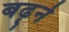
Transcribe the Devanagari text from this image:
बढ़्ने